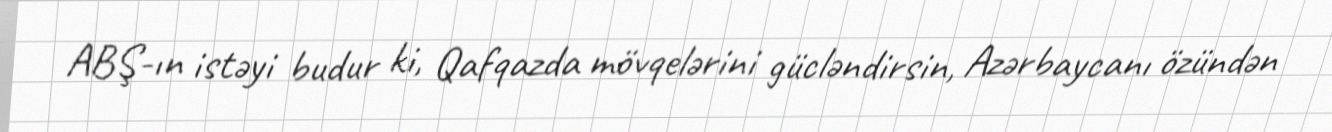
ABŞ-ın istəyi budur ki, Qafqazda mövqelərini gücləndirsin, Azərbaycanı özündən